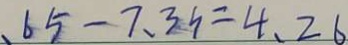
、 6 5 - 7 . 3 h = 4 . 2 6